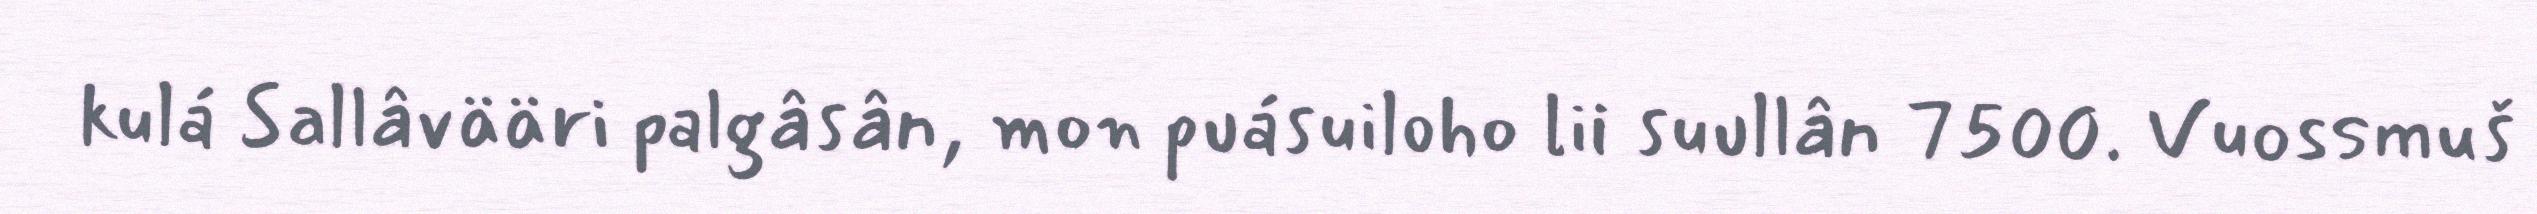
kulá Sallâvääri palgâsân, mon puásuiloho lii suullân 7500. Vuossmuš